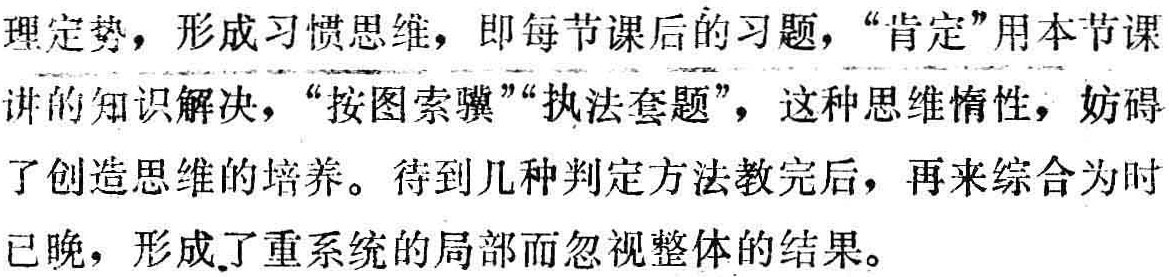
理定势，形成习惯思维，即每节课后的习题，“肯定”用本节课

讲的知识解决，“按图索骥”“执法套题”，这种思维惰性，妨碍

了创造思维的培养。待到几种判定方法教完后，再来综合为时

已晚，形成了重系统的局部而忽视整体的结果。